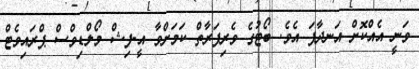
ވަނީ އެއްކޮށް އަނދާފަ އެވެ. ބޯޓުގެ ވެރިފަރާތް ކަމަށްވާ އީ-ފިޝް މޯލްޑިވްސް ޕްރައިވެޓް